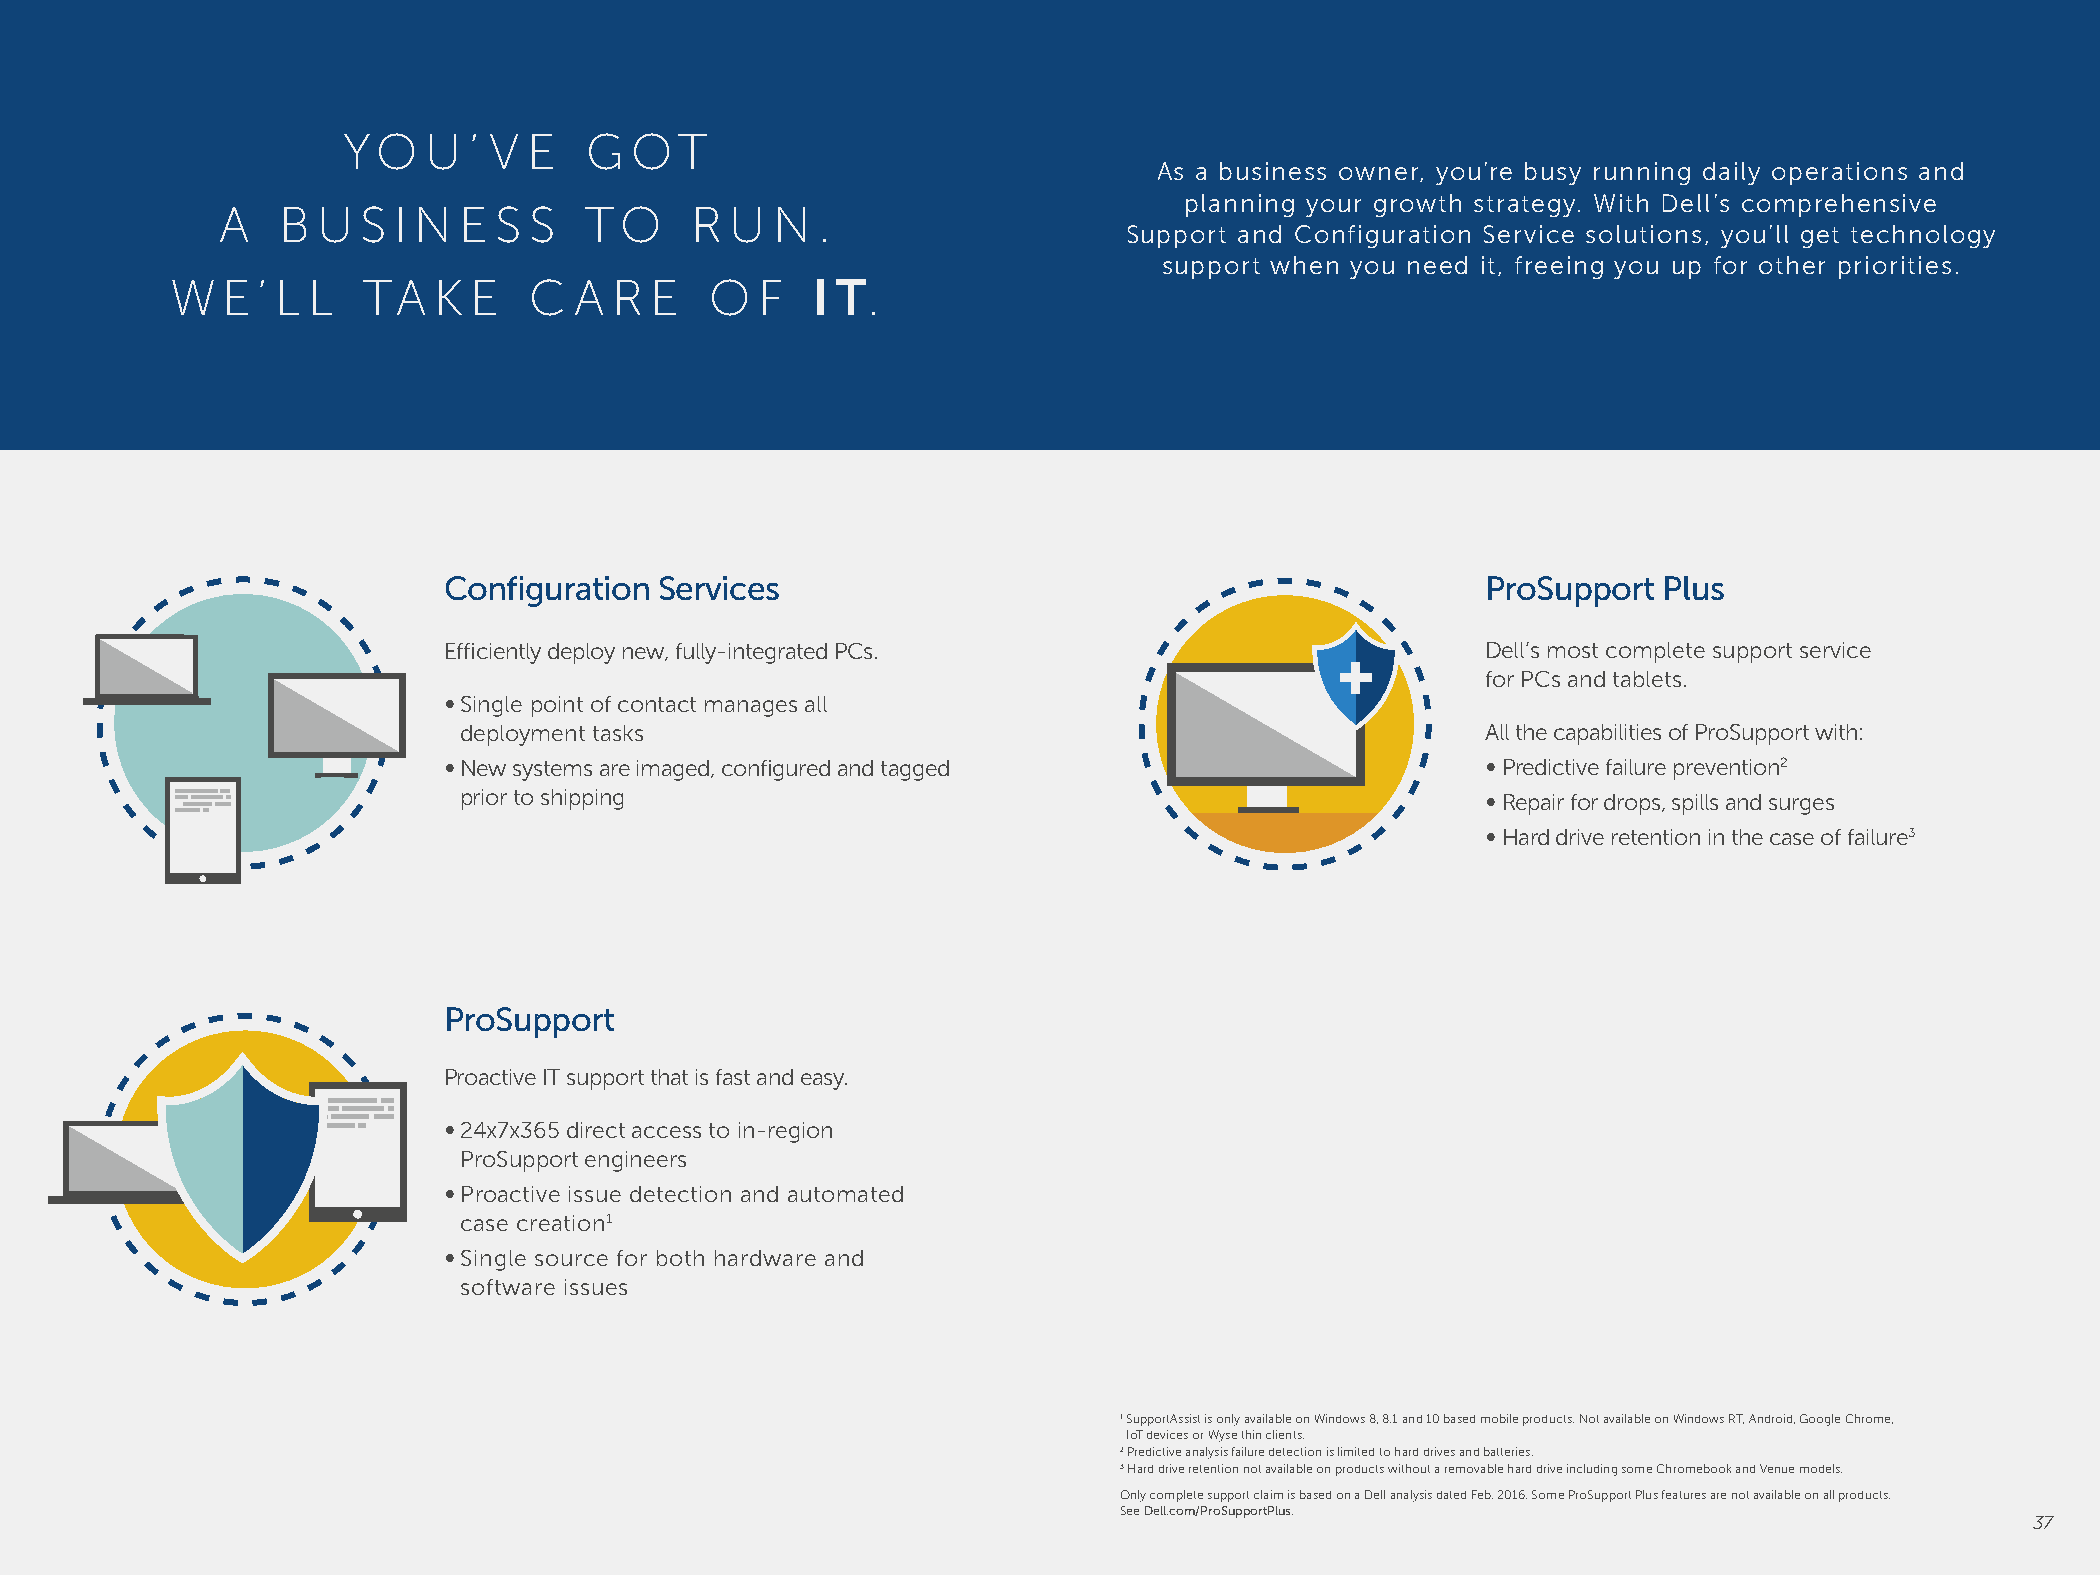
YO   U  ’ V E   G  OT
 As a business owner, you’re busy running daily operations and
 planning your growth strategy. With Dell’s comprehensive
 A   B U  S I N E  S S   TO     R U  N  .
 Support and Configuration Service solutions, you’ll get technology
 support when you need it, freeing you up for other priorities.
 W   E ’ L L  TA   K E   C  A  R E   O  F  I T .
 Configuration  Services                                              ProSupport  Plus
 Efficiently deploy new, fully-integrated PCs.                        Dell’s most complete support service
 for PCs and tablets.
 ∞ Single point of contact manages all
 deployment tasks                                                    All the capabilities of ProSupport with:
 ∞ New systems are imaged, configured and tagged                      ∞ P redictive failure prevention2
 prior to shipping                                                   ∞ Repair for drops, spills and surges
 ∞ H ard drive retention in the case of failure3
 ProSupport
 Proactive IT support that is fast and easy.
 ∞ 24x7x365 direct access to in-region
 ProSupport engineers
 ∞ Proactive issue detection and automated
 case creation1
 ∞ Single source for both hardware and
 software issues
 1 SupportAssist is only available on Windows 8, 8.1 and 10 based mobile products. Not available on Windows RT, Android, Google Chrome,
 IoT devices or Wyse thin clients.
 2 Predictive analysis failure detection is limited to hard drives and batteries.
 3 Hard drive retention not available on products without a removable hard drive including some Chromebook and Venue models.
 Only complete support claim is based on a Dell analysis dated Feb. 2016. Some ProSupport Plus features are not available on all products.
 See Dell.com/ProSupportPlus.
 37